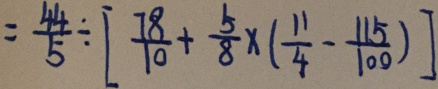
= \frac { 4 4 } { 5 } \div [ \frac { 7 8 } { 1 0 } + \frac { 5 } { 8 } \times ( \frac { 1 1 } { 4 } - \frac { 1 1 5 } { 1 0 0 } ) ]